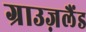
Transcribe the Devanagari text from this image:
ग्राउज़लैंड